Reports on military cantonments and civil stations in the Presidency of Bombay inspected by the Sanitary Commissioner in the years 1875 and 1876
Year: 1875
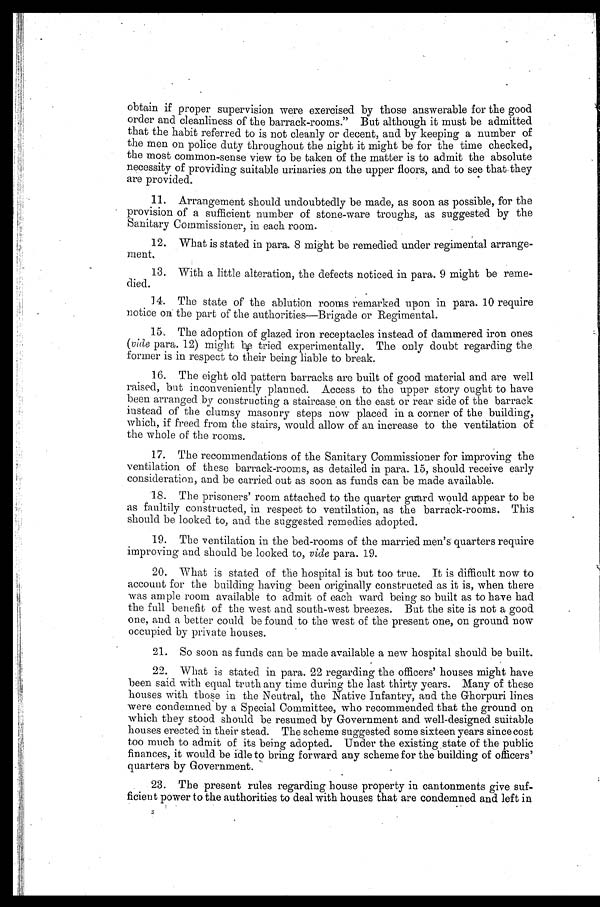
obtain if proper supervision were exercised by those answerable for the good
order and cleanliness of the barrack-rooms." But although it must be admitted
that the habit referred to is not cleanly or decent, and by keeping a number of
the men on police duty throughout the night it might be for the time checked,
• the most common-sense view to be taken of the matter is to admit the absolute
necessity of providing suitable urinaries on the upper floors, and to see that they
are provided.
11. Arrangement should undoubtedly be made, as soon as possible, for the
• provision of a sufficient number of stone-ware troughs, as suggested by the
Sanitary Commissioner, in each room.
12. What is stated in para. 8 might be remedied under regimental arrange-
ment.
13. With a little alteration, the defects noticed in para. 9 might be reme-
died.
14. The state of the ablution rooms remarked upon in para. 10 require
notice on the part of the authorities—Brigade or Regimental.
15. The adoption of glazed iron receptacles instead of dammered iron ones
( vide para. 12) might be tried experimentally. The only doubt regarding the
former is in respect to their being liable to break.
16. The eight old pattern barracks are built of good material and are well
raised, but inconveniently planned. Access to the upper story ought to have
been arranged by constructing a staircase on the east or rear side of the barrack
instead of the clumsy masonry steps now placed in a corner of the building,
which, if freed from the stairs, would allow of an increase to the ventilation of
the whole of the rooms.
17. The recommendations of the Sanitary Commissioner for improving the
ventilation of these barrack-rooms, as detailed in para. 15, should receive early
consideration, and be carried out as soon as funds can be made available.
18. The prisoners' room attached to the quarter guard would appear to be
as faultily constructed, in respect to ventilation, as the barrack-rooms. This
should be looked to, and the suggested remedies adopted.
19. The ventilation in the bed-rooms of the married men's quarters require
improving and should be looked to, vide para. 19.
20. What is stated of the hospital is but too true. It is difficult now to
account for the building having been originally constructed as it is, when there
was ample room available to admit of each ward being so built as to have had
the full benefit of the west and south-west breezes. But the site is not a good
one, and a better could be found to the west of the present one, on ground now
occupied by private houses.
•
21. So soon as funds can be made available a new hospital should be built.
22. What is stated in para. 22 regarding the officers' houses might have
been said with equal truth any time during the last thirty years. Many of these
houses with these in the Neutral, the Native Infantry, and the Ghorpuri lines
were condemned by a Special Committee, who recommended that the ground on
which they stood should be resumed by Government and well-designed suitable
houses erected in their stead. The scheme suggested some sixteen years since cost
too much to admit of its being adopted. Under the existing state of the public
finances,
i
t would be idle to bring forward any scheme for the building of officers'
quarters by Government.
23. The present rules regarding house property in cantonments give suf-
ficient power to the authorities to deal with houses that are condemned and left i
n
2